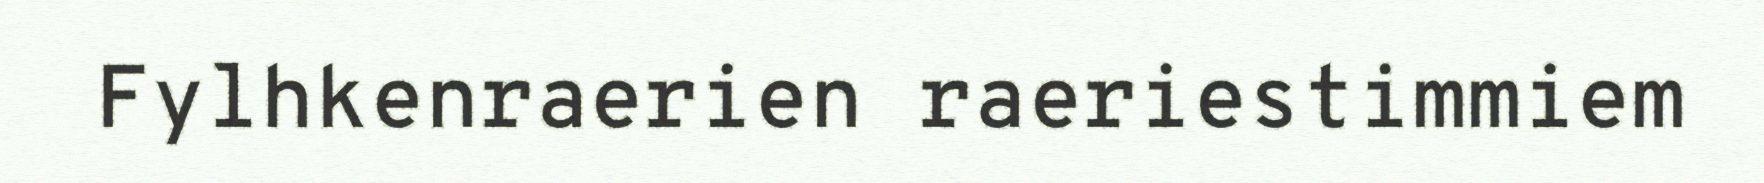
Fylhkenraerien raeriestimmiem